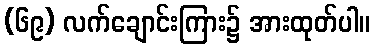
(၆၉) လက်ချောင်းကြား၌ အားထုတ်ပါ။